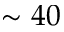
\sim 4 0